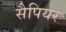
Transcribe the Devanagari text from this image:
सैपियर